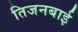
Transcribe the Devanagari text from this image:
तिजनबाई